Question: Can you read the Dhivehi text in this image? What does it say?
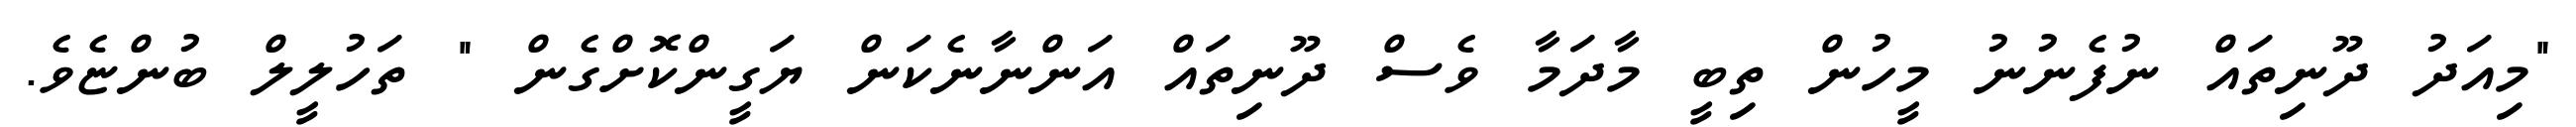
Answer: "މިއަދު ދޫނިތައް ނުފެނުނު މީހުން ތިބީ މާދަމާ ވެސް ދޫނިތައް އަންނާނެކަން ޔަގީންކޮށްގެން " ތަހުލީލް ބުންޏެވެ.